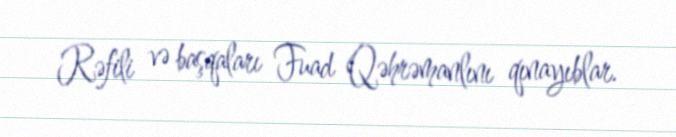
Rəfili və başqaları Fuad Qəhrəmanlını qınayıblar.